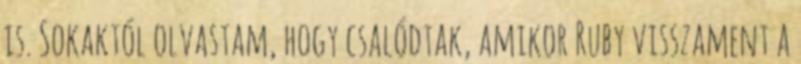
is. Sokaktól olvastam, hogy csalódtak, amikor Ruby visszament a